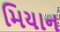
મિયાન